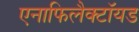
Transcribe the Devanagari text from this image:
एनाफिलैक्टॉयड